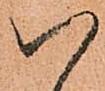
八